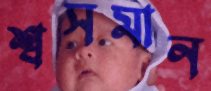
শ্বসমান